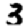
Digit: 3